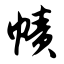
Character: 帻